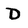
Character: D